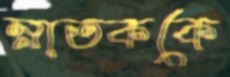
স্নাতককে